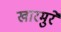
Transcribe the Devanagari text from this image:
खारमुरे